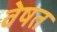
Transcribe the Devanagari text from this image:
वेषत